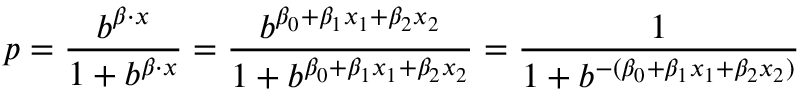
p = { \frac { b ^ { { \boldsymbol { \beta } } \cdot { \boldsymbol { x } } } } { 1 + b ^ { { \boldsymbol { \beta } } \cdot x } } } = { \frac { b ^ { \beta _ { 0 } + \beta _ { 1 } x _ { 1 } + \beta _ { 2 } x _ { 2 } } } { 1 + b ^ { \beta _ { 0 } + \beta _ { 1 } x _ { 1 } + \beta _ { 2 } x _ { 2 } } } } = { \frac { 1 } { 1 + b ^ { - ( \beta _ { 0 } + \beta _ { 1 } x _ { 1 } + \beta _ { 2 } x _ { 2 } ) } } }